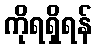
ကိုရရှိရန်